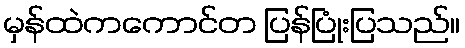
မှန်ထဲကကောင်တ ပြန်ပြုံးပြသည်။